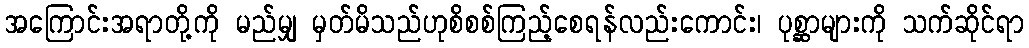
အကြောင်းအရာတို့ကို မည်မျှ မှတ်မိသည်ဟုစိစစ်ကြည့်စေရန်လည်းကောင်း၊ ပုစ္ဆာများကို သက်ဆိုင်ရာ